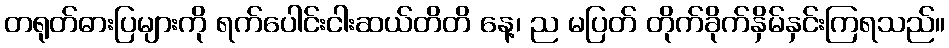
တရုတ်ဓားပြများကို ရက်ပေါင်းငါးဆယ်တိတိ နေ့၊ ည မပြတ် တိုက်ခိုက်နှိမ်နှင်းကြရသည်။